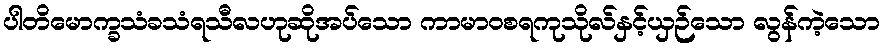
ပါတိမောက္ခသံခသံရသီလဟုဆိုအပ်သော ကာမာဝစရကုသိုလ်နှင့်ယှဉ်သော လွန်ကဲ့သော